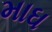
માઘ